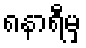
၈နာရီမှ